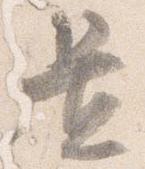
置